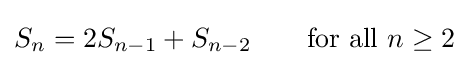
S_{n}=2S_{n-1}+S_{n-2}\qquad {\text{for all }}n\geq 2